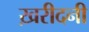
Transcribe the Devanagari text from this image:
ख़रीदनी